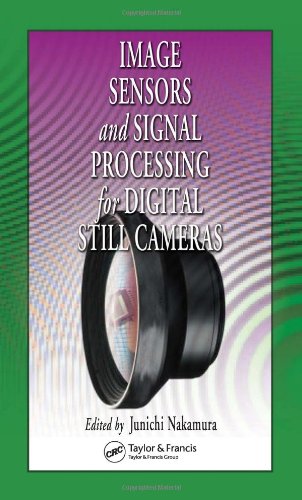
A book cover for Image Sensors and Signal Processing for Digital Still Cameras (Optical Science and Engineering); Science & Math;